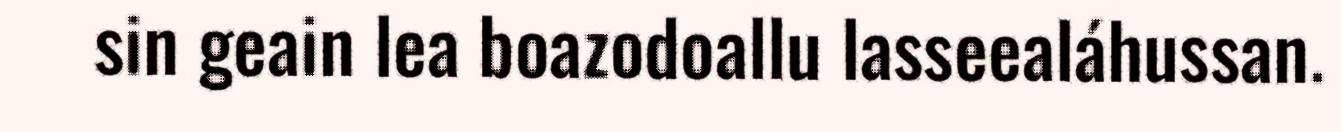
sin geain lea boazodoallu lasseealáhussan.